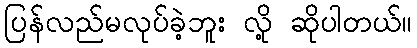
ပြန်လည်မလုပ်ခဲ့ဘူး လို့ ဆိုပါတယ်။